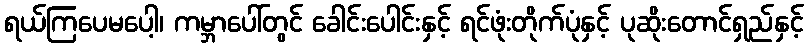
ရယ်ကြပေမပေါ့၊ ကမ္ဘာပေါ်တွင် ခေါင်းပေါင်းနှင့် ရင်ဖုံးတိုက်ပုံနှင့် ပုဆိုးတောင်ရှည်နှင့်